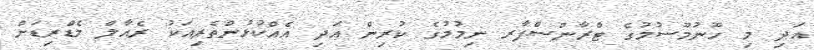
އަދި މި ހޫނުމޫސުމުގެ ޓްރާންސްފާރ ނިމުމުގެ ކުރިން އަދި އެއްކުޅުންތެރިއަކު ރެއާލް މެޑްރިޑަށް